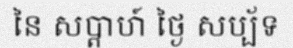
នៃ សប្តាហ៍ ថ្ងៃ សប្ប័ទ